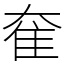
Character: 奞